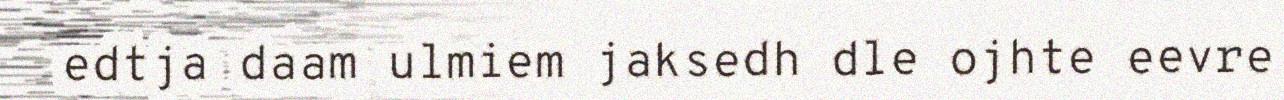
edtja daam ulmiem jaksedh dle ojhte eevre